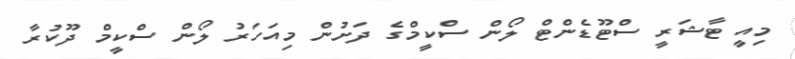
މިއީ ޓާޝަރީ ސްޓޫޑެންޓް ލޯން ސްކީމްގެ ދަށުން މިއަހަރު ލޯން ސްކީމް ދޫކުރާ